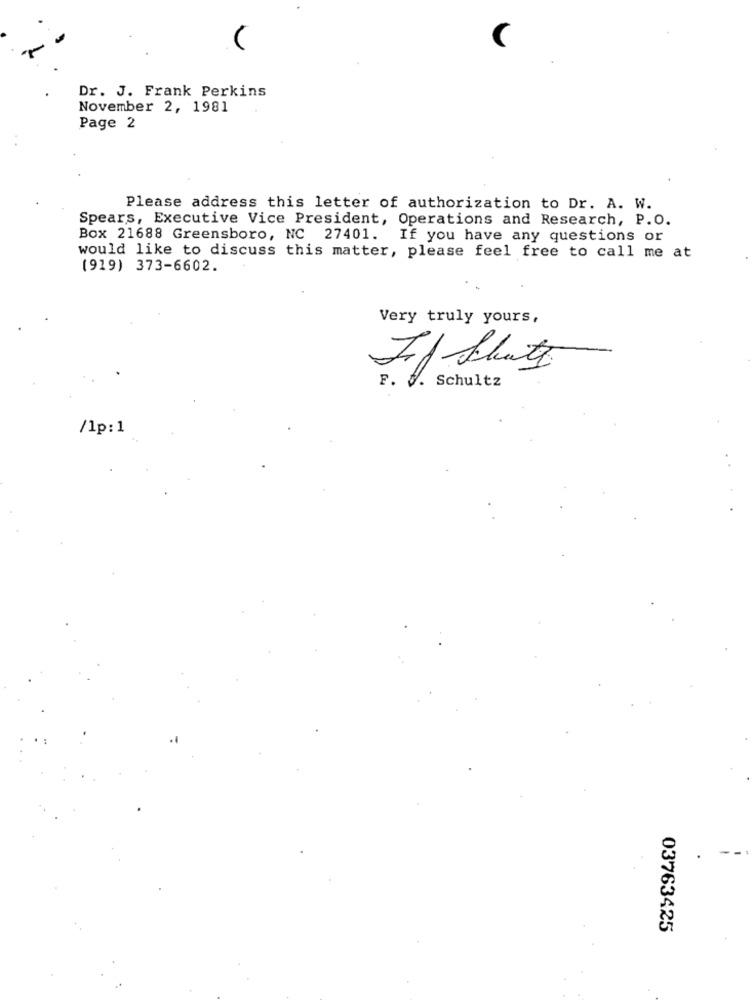
C
Dr. J. Frank Perkins
November 2, 1981
Page 2
Please address this letter of authorization to Dr. A. W.
Spears, Executive Vice President, Operations and Research, P.O.
Box 21688 Greensboro, NC 27401. If you have any questions or
would like to discuss this matter, please feel free to call me at
(919) 373-6602.
Very truly yours,
If Shut
F. f. Schultz
/lp:1
03763425